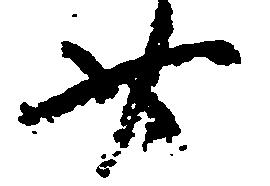
廿